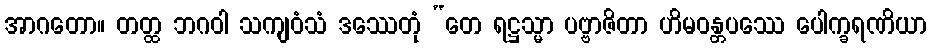
အာဂတော။ တတ္ထ ဘဂဝါ သကျဝံသံ ဒဿေတုံ “တေ ရဋ္ဌသ္မာ ပဗ္ဗာဇိတာ ဟိမဝန္တပဿေ ပေါက္ခရဏိယာ